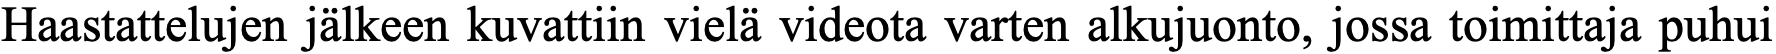
Haastattelujen jälkeen kuvattiin vielä videota varten alkujuonto, jossa toimittaja puhui